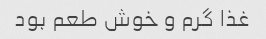
غذا گرم و خوش طعم بود